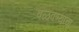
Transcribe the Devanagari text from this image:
वळवण्याचा